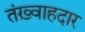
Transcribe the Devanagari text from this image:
तंख़्वाहदार